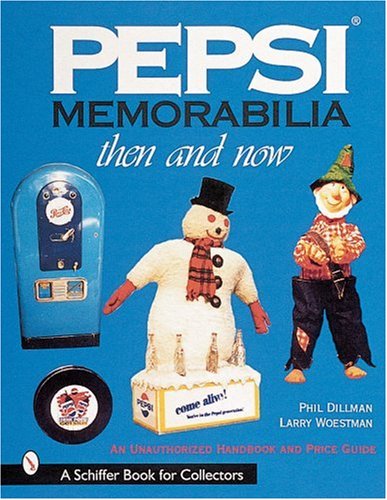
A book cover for Pepsi Memorabilia : Then and Now: An Unauthorized Handbook and Price Guide (A Schiffer Book for Collectors); Phil Dillman; Crafts, Hobbies & Home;